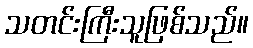
သတင်းကြီးသူဖြစ်သည်။